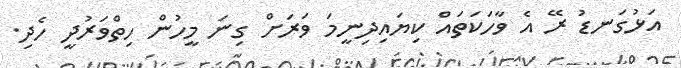
އަޅުގަނޑު ރޭ އެ ވާހަކަތައް ކިޔައިދިނީމަ ވަރަށް ގިނަ މީހުން ހިތްވަރުދީ ހެދި.